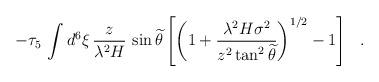
LaTeX: \begin{align*}- \tau_5\, \int d^6 \xi\,\frac{z}{\lambda^2 H}\,\sin {\widetilde{\theta}}\left[ \left( 1 +\frac{\lambda^2 H \sigma^2}{ z^2 \tan^2 {\widetilde{\theta}}}\right)^{1/2} -1 \right]~~.\end{align*}